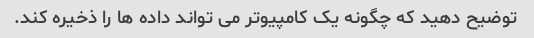
توضیح دهید که چگونه یک کامپیوتر می تواند داده ها را ذخیره کند.